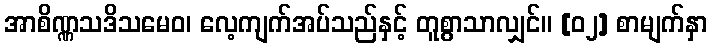
အာစိဏ္ဏသဒိသမေဝ၊ လေ့ကျက်အပ်သည်နှင့် တူစွာသာလျှင်။ [၀၂] စာမျက်နှာ